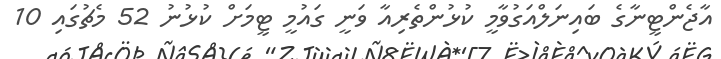
އާޖެންޓީނާގެ ބައިނަލްއަގުވާމީ ކުޅުންތެރިއާ ވަނީ ގައުމީ ޓީމަށް ކުޅުނު 52 މެޗުގައި 10